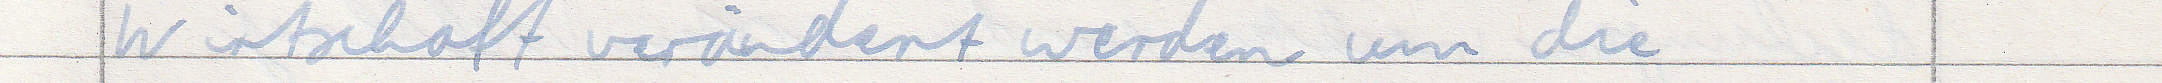
Wirtschaft verändert werden um die